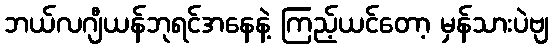
ဘယ်လဂျီယန်ဘုရင်အနေနဲ့ ကြည့်ယင်တော့ မှန်သားပဲဗျ